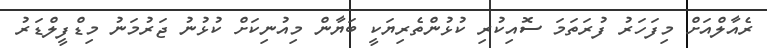
ރެއާލްއަށް މިފަހަރު ފުރަތަމަ ސޮއިކުރި ކުޅުންތެރިޔަކީ ބަޔާން މިއުނިކަށް ކުޅުނު ޖަރުމަނު މިޑްފީލްޑަރު